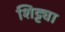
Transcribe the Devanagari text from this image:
शिट्ट्या